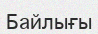
Байлығы